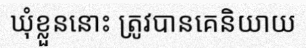
ឃុំខ្លួននោះ ត្រូវបានគេនិយាយ